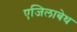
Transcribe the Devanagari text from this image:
एजिलाबेथ